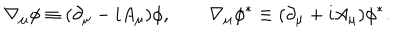
\nabla _ { \mu } \phi \equiv ( \partial _ { \mu } - i A _ { \mu } ) \phi , \qquad \nabla _ { \mu } \phi ^ { * } \equiv ( \partial _ { \mu } + i A _ { \mu } ) \phi ^ { * } .